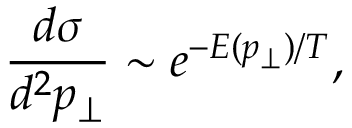
\frac { d \sigma } { d ^ { 2 } p _ { \perp } } \sim e ^ { - E ( p _ { \perp } ) / T } ,